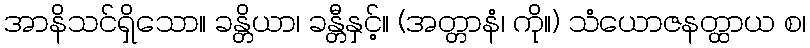
အာနိသင်ရှိသော။ ခန္တိယာ၊ ခန္တီနှင့်။ (အတ္တာနံ၊ ကို။) သံယောဇနတ္ထာယ စ၊